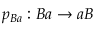
p _ { B a } : B a \rightarrow a B